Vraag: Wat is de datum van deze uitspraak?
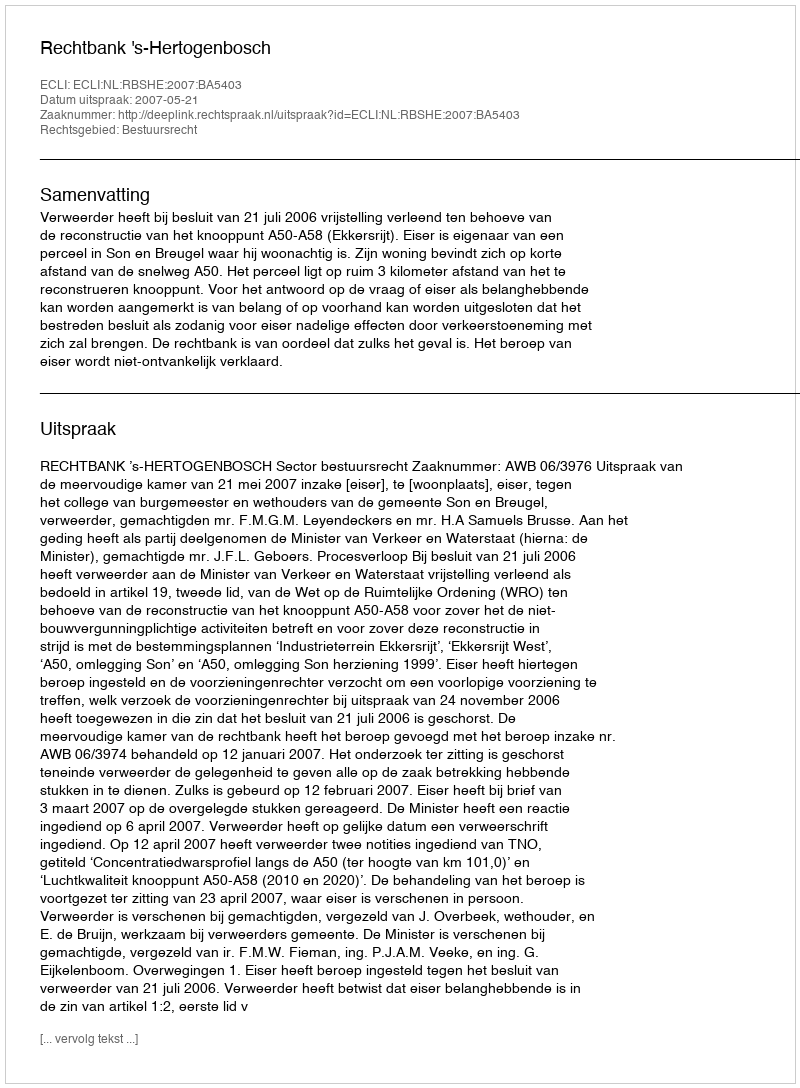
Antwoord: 2007-05-21